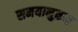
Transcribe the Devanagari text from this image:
समयानुक्रम